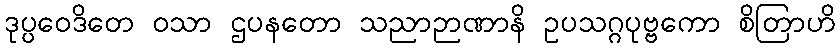
ဒုပ္ပဝေဒိတေ ဝသာ ဌပနတော သညာဉာဏာနိ ဥပသဂ္ဂပုဗ္ဗကော စိတြာဟိ